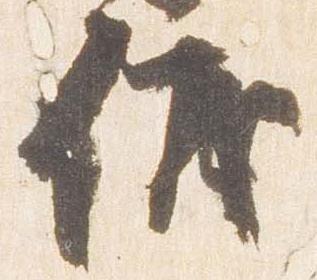
儀